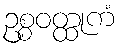
ဥစ္စဝတ္ထုကံ